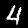
Digit: 4